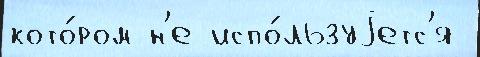
кото́ром н'е испо́льзуjетс'я